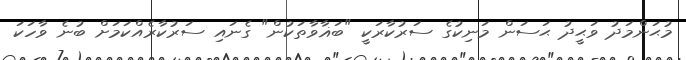
މުޙަންމަދު ވަޙީދު ޙަސަން މަނިކުގެ ސަރުކާރަކީ "ބަޣާވާތަކުން" ގެނައި ސަރުކާރެއްކަމަށް ބުނެ ވާހަކަ